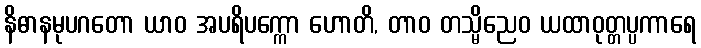
နိဓာနမုပဂတော ယာဝ အပရိပက္ကော ဟောတိ, တာဝ တသ္မိညေဝ ယထာဝုတ္တပ္ပကာရေ